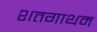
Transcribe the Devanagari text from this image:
शतगाथम